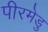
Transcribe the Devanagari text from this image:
पीरमेडु